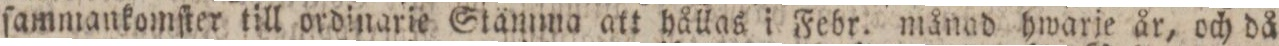
ſammankomſter till ordinarie Stämma att hållas i Febr. månad hwarje år, och då